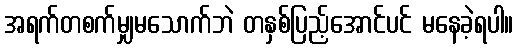
အရက်တစက်မျှမသောက်ဘဲ တနှစ်ပြည့်အောင်ပင် မနေခဲ့ရပါ။